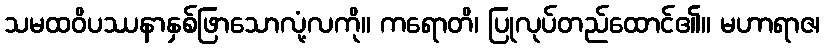
သမထဝိပဿနာနှစ်ဖြာသောလုံ့လကို။ ကရောတိ၊ ပြုလုပ်တည်ထောင်၏။ မဟာရာဇ၊